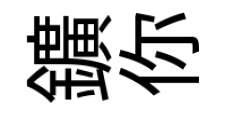
鑛你